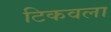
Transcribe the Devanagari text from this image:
टिकवला